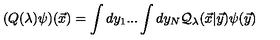
( Q ( \lambda ) \psi ) ( { \vec { x } } ) = \int d y _ { 1 } . . . \int d y _ { N } { \cal Q } _ { \lambda } ( { \vec { x } } | { \vec { y } } ) \psi ( { \vec { y } } )